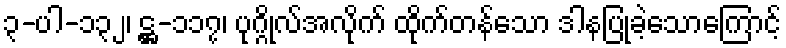
၃-ပါ-၁၃၂၊ ဋ္ဌ-၁၁၇၊ ပုဂ္ဂိုလ်အလိုက် ထိုက်တန်သော ဒါနပြုခဲ့သောကြောင့်